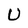
Character: U